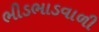
ભીડભાડવાળી